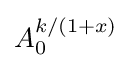
A_{0}^{k/(1+x)}